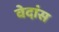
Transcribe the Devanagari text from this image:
वेदांस